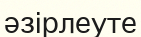
әзірлеуте